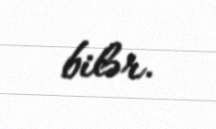
bilər.